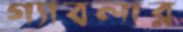
গ্যাবলার